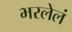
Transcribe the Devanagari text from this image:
भरलेलं